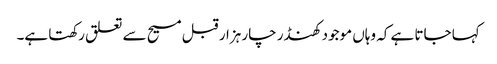
کہا جاتا ہے کہ وہاں موجود کھنڈر چار ہزار قبل مسیح سے تعلق رکھتا ہے۔